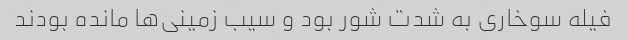
فیله سوخاری به شدت شور بود و سیب زمینی‌ها مانده بودند